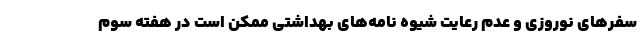
سفرهای نوروزی و عدم رعایت شیوه نامه‌های بهداشتی ممکن است در هفته سوم